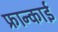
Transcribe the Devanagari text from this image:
फ्रान्काई